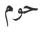
حوم